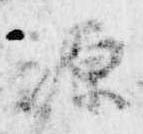
源